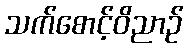
သက်စောင့်ဝိညာဉ်